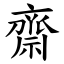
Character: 齋